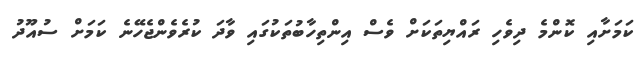
ކަމަށާއި ކޮންމެ ދިވެހި ރައްޔިތަކަށް ވެސް އިންތިހާބުތަކުގައި ވާދަ ކުރެވެންޖެހޭނެ ކަމަށް ސުއޫދު